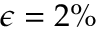
\epsilon = 2 \%